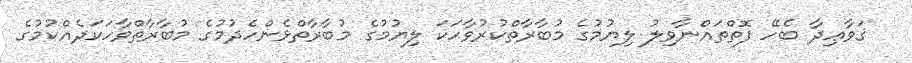
ޤަވާޢިދާ ބެހޭ ފޮތްތައްނާވިލު ލިޔުމުގެ މުބާރާތްކުރުވާހަކަ ލިޔުމުގެ މުބާރާތްޅެންހެދުމުގެ މުބާރާތްވާހަކަދެއްކުމުގެ